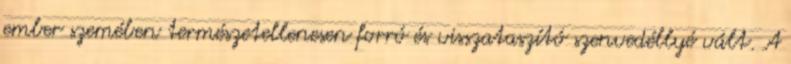
ember szemében természetellenesen forró és visszataszító szenvedéllyé vált. A